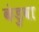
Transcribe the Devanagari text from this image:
कंडुवा